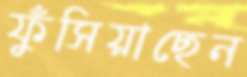
ফুঁসিয়াছেন